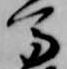
馬